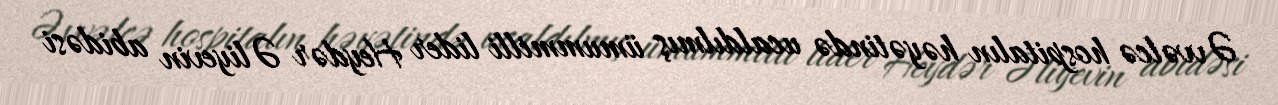
Əvvəlcə hospitalın həyətində ucaldılmış ümummilli lider Heydər Əliyevin abidəsi